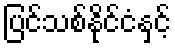
ပြင်သစ်နိုင်ငံနှင့်